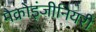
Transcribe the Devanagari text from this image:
मैक्रोइंजीनियरी